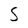
Character: S